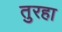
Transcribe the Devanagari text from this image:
तुरहा